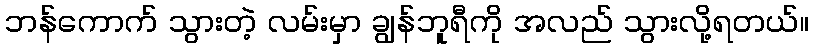
ဘန်ကောက် သွားတဲ့ လမ်းမှာ ချွန်ဘူရီကို အလည် သွားလို့ရတယ်။